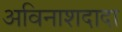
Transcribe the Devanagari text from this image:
अविनाशदादा